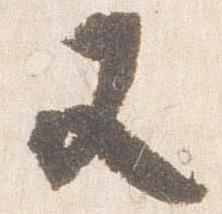
又